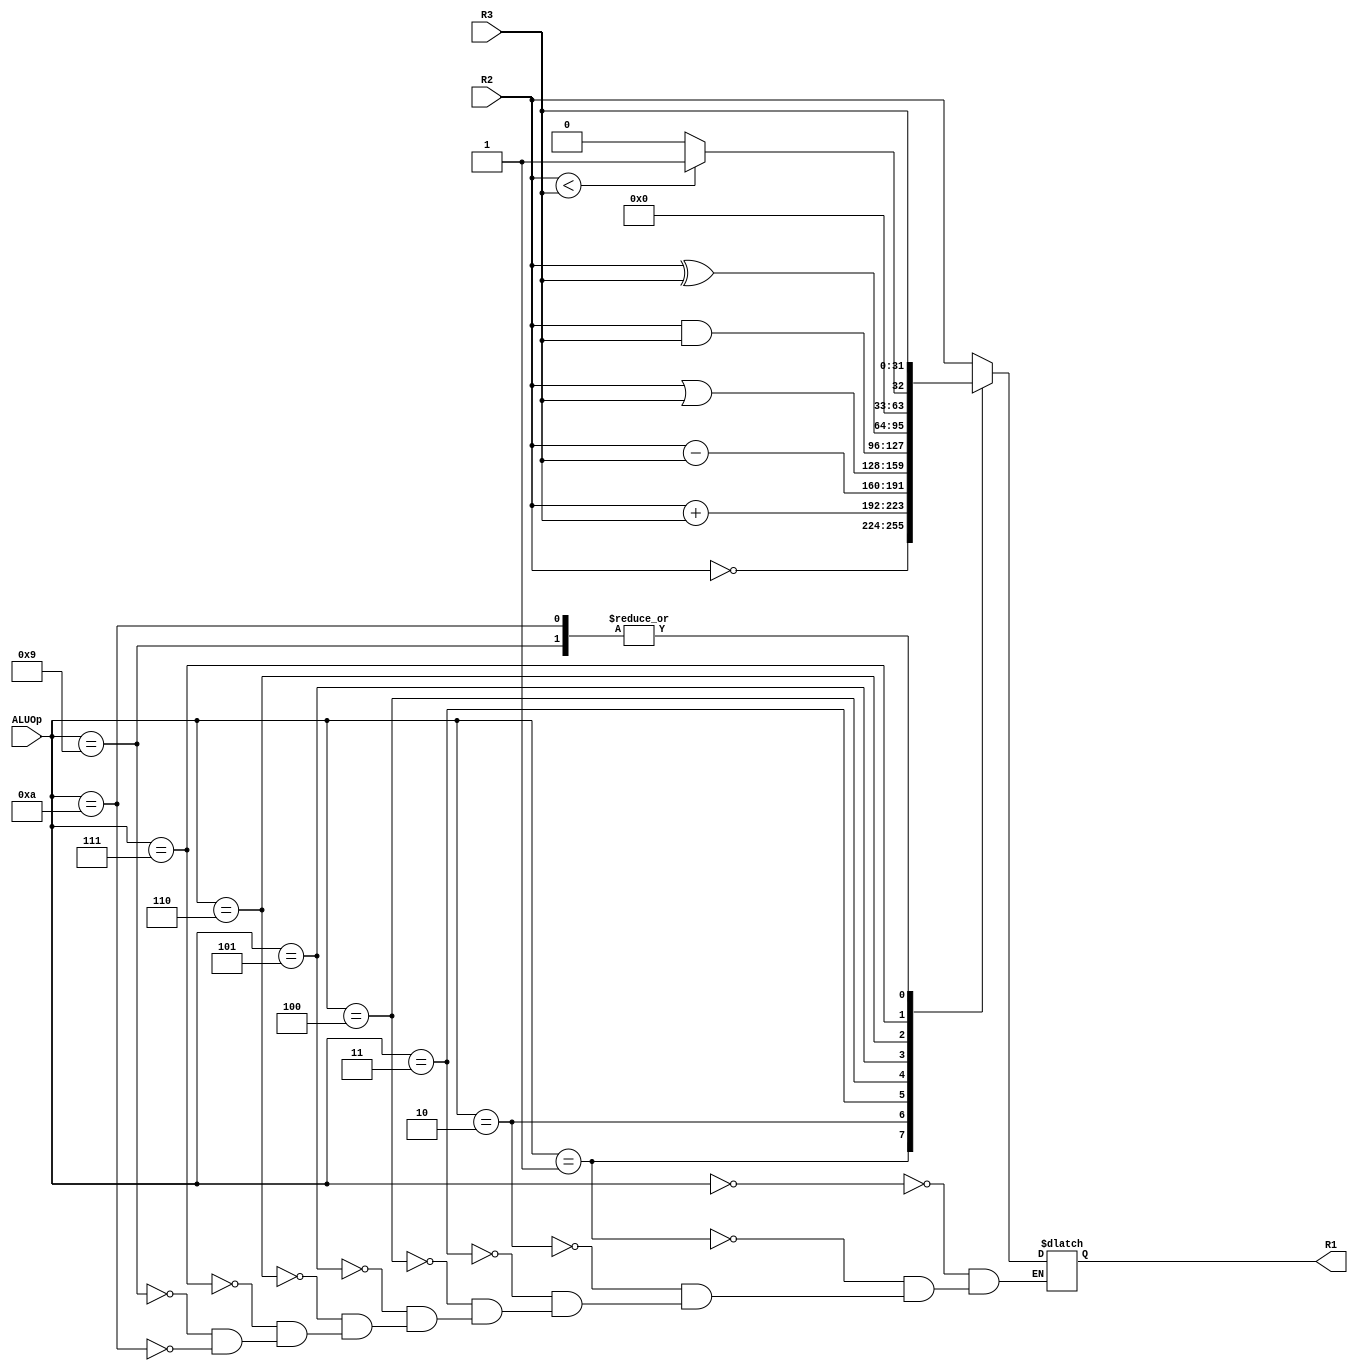
`timescale 1ns / 1ps
//////////////////////////////////////////////////////////////////////////////////
// Company: 
// Engineer: 
// 
// Design Name: 
// Module Name:    ALU 
// Project Name: 
// Target Devices: 
// Tool versions: 
// Description: 
//
// Dependencies: 
//
// Revision: 
// Revision 0.01 - File Created
// Additional Comments: 
//
//////////////////////////////////////////////////////////////////////////////////
module ALU(R1, R2, R3, ALUOp);
	// The actual ALU and the ALU control are combined in this module.
	 
	parameter	word_size = 32;		// word_size default value = 32		

	input		[word_size-1:0] R2, R3;
	input		[3:0] ALUOp;
	
	output reg [word_size-1:0] R1;
	
	parameter MOV = 4'b0000;
	parameter NOT = 4'b0001;
	parameter ADD = 4'b0010;
	parameter SUB = 4'b0011;
	parameter OR = 4'b0100;
	parameter AND = 4'b0101;
	parameter XOR = 4'b0110;
	parameter SLT = 4'b0111;
	// Special operations for LI and LUI: need to MOV ALUSrcB (R3)
	parameter LI = 4'b1001;
	parameter LUI = 4'b1010;

	always @ (R2, R3, ALUOp)				// When any of R2, R3, ALUOp changes, R1 will change. 
		begin
			case (ALUOp)
				MOV: R1 = R2;
				NOT: R1 = ~R2;
				ADD: R1 = (R2 + R3);
				SUB: R1 = (R2 - R3);
				OR: R1 = (R2 | R3);
				AND: R1 = (R2 & R3);
				XOR: R1 = (R2 ^ R3);
				SLT: R1 = (($signed(R2) < $signed(R3))? 1:0);
				LI: R1 = R3;
				LUI: R1 = R3;
			endcase
		end
		
	/*
	always @ (R2, R3, ALUOp)				// When any of R2, R3, ALUOp changes, R1 will change. 
		begin
			case (ALUOp[5:4])
				2'b00: begin					// Jump (relative)
					if (ALUOp[3:0] == 4'b0001) begin
						R1 = R2 + ;
					end
				end
				
				2'b01: begin					// Regular ALU operations
					case (ALUOp[3:0])
						4'b0000:	R1 = R2;					// MOV
						4'b0001: R1 = ~R2;				// NOT
						4'b0010: R1 = (R2 + R3);		// ADD
						4'b0011: R1 = (R2 - R3);		// SUB
						4'b0100: R1 = (R2 | R3);		// OR
						4'b0101: R1 = (R2 & R3);		// AND
						4'b0110: R1 = (R2 ^ R3);		// XOR
						4'b0111: R1 = (($signed(R2) < $signed(R3))? 1:0);	// SLT
					endcase
				end
				
				2'b11: begin				// ALU immediate operations
					case (ALUOp[3:0])
						4'b0010:
			endcase
		end
		*/
		
endmodule